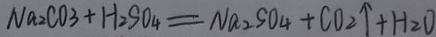
N a _ { 2 } C O _ { 3 } + H _ { 2 } S O _ { 4 } = N a _ { 2 } S O _ { 4 } + C O _ { 2 } \uparrow + H _ { 2 } O